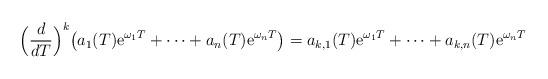
LaTeX: \begin{align*} \Big(\frac{d}{dT}\Big)^k \big(a_1(T){\mathrm{e}}^{\omega_1T}+\cdots+a_n(T){\mathrm{e}}^{\omega_nT}\big) = a_{k,1}(T){\mathrm{e}}^{\omega_1T}+\cdots+a_{k,n}(T){\mathrm{e}}^{\omega_nT}\end{align*}